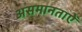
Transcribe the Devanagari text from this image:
असमानताऐं